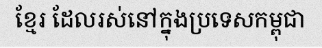
ខ្មែរ ដែលរស់នៅក្នុងប្រទេសកម្ពុជា